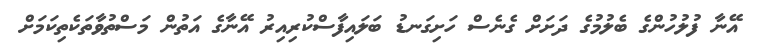
އޭނާ ފުލުހުންގެ ބެލުމުގެ ދަށަށް ގެނެސް ހަށިގަނޑު ބަލައިފާސްކުރިއިރު އޭނާގެ އަތުން މަސްތުވާތަކެތިކަމަށް